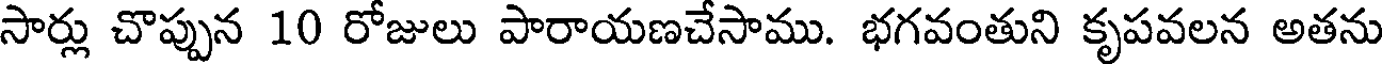
సార్లు చొప్పున 10 రోజులు పారాయణచేసాము. భగవంతుని కృపవలన అతను